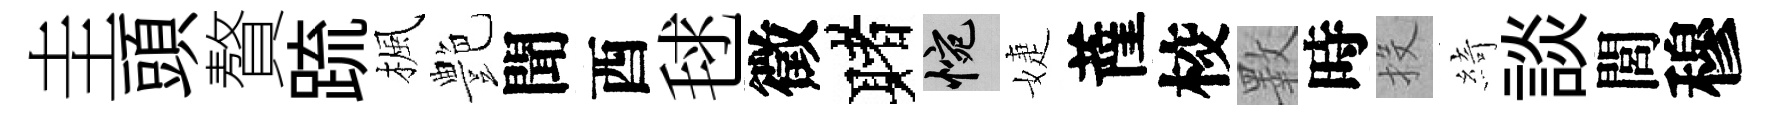
圭頭贅䟽楓艶聞酉毬徵赌惋婕薩校斁時投綺談閭穆